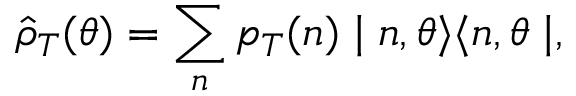
\hat { \rho } _ { T } ( \theta ) = \sum _ { n } p _ { T } ( n ) \mid n , \theta \rangle \langle n , \theta \mid ,